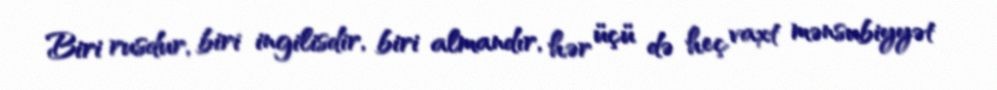
Biri rusdur, biri ingilisdir, biri almandır, hər üçü də heç vaxt mənsubiyyət